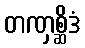
တဏှစ္ဆိဒံ